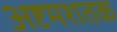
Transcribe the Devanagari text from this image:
अष्टमशतक